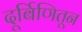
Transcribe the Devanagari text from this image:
दूर्बिणितून